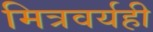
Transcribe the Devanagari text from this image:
मित्रवर्यही